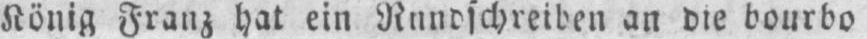
König Franz hat ein Rundschreiben an die bourbo